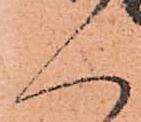
人